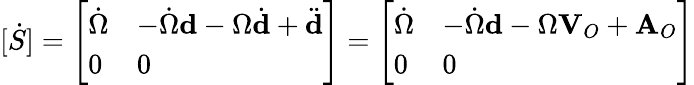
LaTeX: [{\dot{S}}]={\left[\begin{array}{ll}{{\dot{\Omega}}}&{-{\dot{\Omega}}{\textbf{d}}-\Omega{\dot{\textbf{d}}}+{\ddot{\textbf{d}}}}\\ {0}&{0}\end{array}\right]}={\left[\begin{array}{ll}{{\dot{\Omega}}}&{-{\dot{\Omega}}{\textbf{d}}-\Omega{\textbf{V}}_{O}+{\textbf{A}}_{O}}\\ {0}&{0}\end{array}\right]}